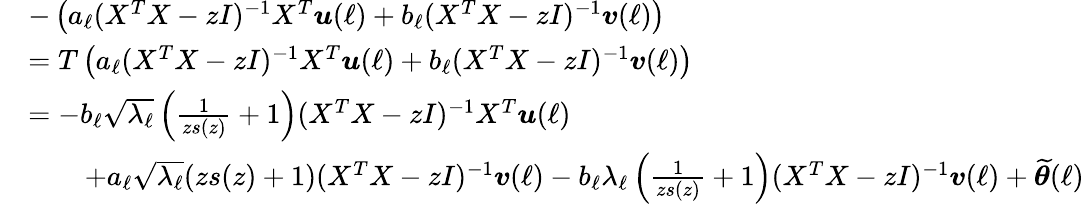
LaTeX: \begin{array}{rl}&{-\left(a_{\ell}(X^{T}X-zI)^{-1}X^{T}{\boldsymbol u}(\ell)+b_{\ell}(X^{T}X-zI)^{-1}{\boldsymbol v}(\ell)\right)}\\ &{=T\left(a_{\ell}(X^{T}X-zI)^{-1}X^{T}{\boldsymbol u}(\ell)+b_{\ell}(X^{T}X-zI)^{-1}{\boldsymbol v}(\ell)\right)}\\ &{=-b_{\ell}\sqrt{\lambda_{\ell}}\left(\frac{1}{zs(z)}+1\right)(X^{T}X-zI)^{-1}X^{T}{\boldsymbol u}(\ell)}\\ &{\qquad+a_{\ell}\sqrt{\lambda_{\ell}}(zs(z)+1)(X^{T}X-zI)^{-1}{\boldsymbol v}(\ell)-b_{\ell}\lambda_{\ell}\left(\frac{1}{zs(z)}+1\right)(X^{T}X-zI)^{-1}{\boldsymbol v}(\ell)+\widetilde{\boldsymbol\theta}(\ell)}\end{array}